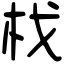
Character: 𣏾